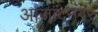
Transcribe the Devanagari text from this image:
आजादनगर